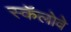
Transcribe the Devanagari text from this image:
स्कॅलोवे